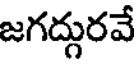
జగద్దురవే